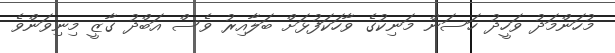
މުހަންމަދު ވަހީދު ހަސަން މަނިކުގެ ވާހަކަފުޅަށް ބަލާއިރު ވެސް އަބްދު ގާޒީ މިނިވަންވެ